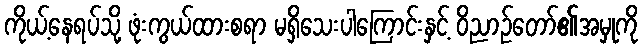
ကိုယ့်နေရပ်သို့ ဖုံးကွယ်ထားစရာ မရှိသေးပါကြောင်းနှင့် ဝိညာဉ်တော်၏အမှုကို